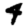
Digit: 4